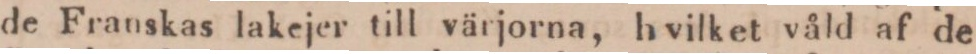
de Franskas lakejer till värjorna, hvilket våld af de